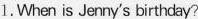
1.When is Jenny's birthday?